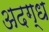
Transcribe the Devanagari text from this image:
अदग्ध